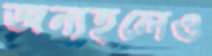
জন্যহলেও